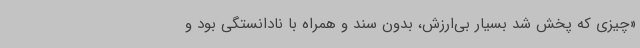
«چیزی که پخش شد بسیار بی‌ارزش، بدون سند و همراه با نادانستگی بود و